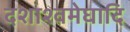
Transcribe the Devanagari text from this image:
दशाश्वमेघादि